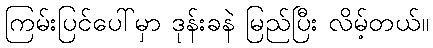
ကြမ်းပြင်ပေါ်မှာ ဒုန်းခနဲ မြည်ပြီး လိမ့်တယ်။